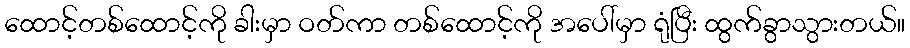
ထောင့်တစ်ထောင့်ကို ခါးမှာ ဝတ်ကာ တစ်ထောင့်ကို အပေါ်မှာ ရုံပြီး ထွက်ခွာသွားတယ်။